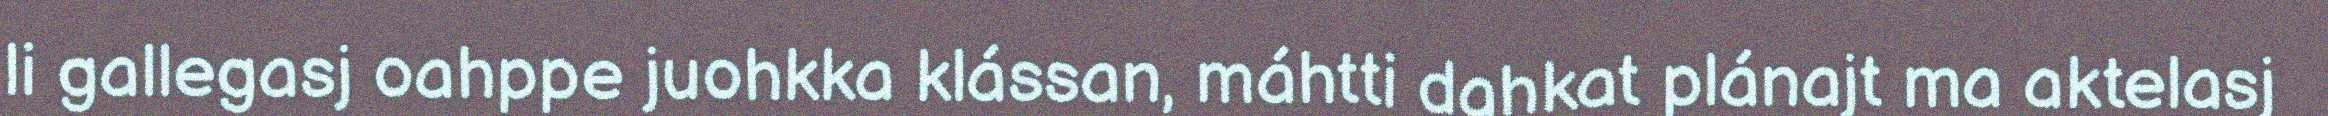
li gallegasj oahppe juohkka klássan, máhtti dahkat plánajt ma aktelasj